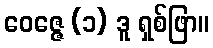
ဝေဇ္ဇေ (၁) ဒူ ရှစ်ဖြာ။